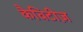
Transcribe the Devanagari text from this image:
कैविटीज़